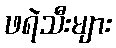
ဖရဲသီးများ